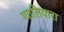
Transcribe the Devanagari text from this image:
ग्यालियारा